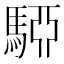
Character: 𩤷